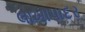
લાખાપાદર